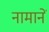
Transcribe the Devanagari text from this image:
नामानें